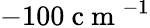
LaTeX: -100\mathrm{~c~m~}^{-1}